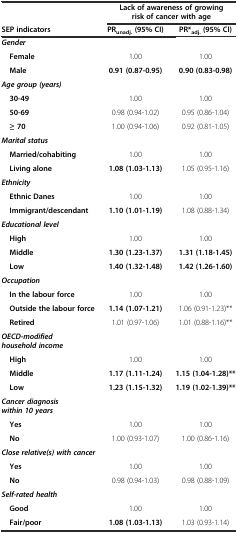
<table><thead><tr><td></td><td colspan="2"><b>Lack of awareness of growing risk of cancer with age</b></td></tr><tr><td><b>SEP indicators</b></td><td><b>PR<sub>unadj.</sub> (95% CI)</b></td><td><b>PR*<sub>adj.</sub> (95% CI)</b></td></tr></thead><tbody><tr><td><b><i>Gender</i></b></td><td></td><td></td></tr><tr><td><b> Female</b></td><td>1.00</td><td>1.00</td></tr><tr><td><b> Male</b></td><td><b>0.91 (0.87-0.95)</b></td><td><b>0.90 (0.83-0.98)</b></td></tr><tr><td><b><i>Age group (years)</i></b></td><td></td><td></td></tr><tr><td><b> 30-49</b></td><td>1.00</td><td>1.00</td></tr><tr><td><b> 50-69</b></td><td>0.98 (0.94-1.02)</td><td>0.95 (0.86-1.04)</td></tr><tr><td><b> ≥ 70</b></td><td>1.00 (0.94-1.06)</td><td>0.92 (0.81-1.05)</td></tr><tr><td><b><i>Marital status</i></b></td><td></td><td></td></tr><tr><td><b> Married/cohabiting</b></td><td>1.00</td><td>1.00</td></tr><tr><td><b> Living alone</b></td><td><b>1.08 (1.03-1.13)</b></td><td>1.05 (0.95-1.16)</td></tr><tr><td><b><i>Ethnicity</i></b></td><td></td><td></td></tr><tr><td><b> Ethnic Danes</b></td><td>1.00</td><td>1.00</td></tr><tr><td><b> Immigrant/descendant</b></td><td><b>1.10 (1.01-1.19)</b></td><td>1.08 (0.88-1.34)</td></tr><tr><td><b><i>Educational level</i></b></td><td></td><td></td></tr><tr><td><b> High</b></td><td>1.00</td><td>1.00</td></tr><tr><td><b> Middle</b></td><td><b>1.30 (1.23-1.37)</b></td><td><b>1.31 (1.18-1.45)</b></td></tr><tr><td><b> Low</b></td><td><b>1.40 (1.32-1.48)</b></td><td><b>1.42 (1.26-1.60)</b></td></tr><tr><td><b><i>Occupation</i></b></td><td></td><td></td></tr><tr><td><b> In the labour force</b></td><td>1.00</td><td>1.00</td></tr><tr><td><b> Outside the labour force</b></td><td><b>1.14 (1.07-1.21)</b></td><td>1.06 (0.91-1.23)**</td></tr><tr><td><b> Retired</b></td><td>1.01 (0.97-1.06)</td><td>1.01 (0.88-1.16)**</td></tr><tr><td><b><i>OECD-modified household income</i></b></td><td></td><td></td></tr><tr><td><b> High</b></td><td>1.00</td><td>1.00</td></tr><tr><td><b> Middle</b></td><td><b>1.17 (1.11-1.24)</b></td><td><b>1.15 (1.04-1.28)**</b></td></tr><tr><td><b> Low</b></td><td><b>1.23 (1.15-1.32)</b></td><td><b>1.19 (1.02-1.39)**</b></td></tr><tr><td><b><i>Cancer diagnosis within 10 years</i></b></td><td></td><td></td></tr><tr><td><b> Yes</b></td><td>1.00</td><td>1.00</td></tr><tr><td><b> No</b></td><td>1.00 (0.93-1.07)</td><td>1.00 (0.86-1.16)</td></tr><tr><td><b><i>Close relative(s) with cancer</i></b></td><td></td><td></td></tr><tr><td><b> Yes</b></td><td>1.00</td><td>1.00</td></tr><tr><td><b> No</b></td><td>0.98 (0.94-1.03)</td><td>0.98 (0.88-1.09)</td></tr><tr><td><b><i>Self-rated health</i></b></td><td></td><td></td></tr><tr><td><b> Good</b></td><td>1.00</td><td>1.00</td></tr><tr><td><b> Fair/poor</b></td><td><b>1.08 (1.03-1.13)</b></td><td>1.03 (0.93-1.14)</td></tr></tbody></table>